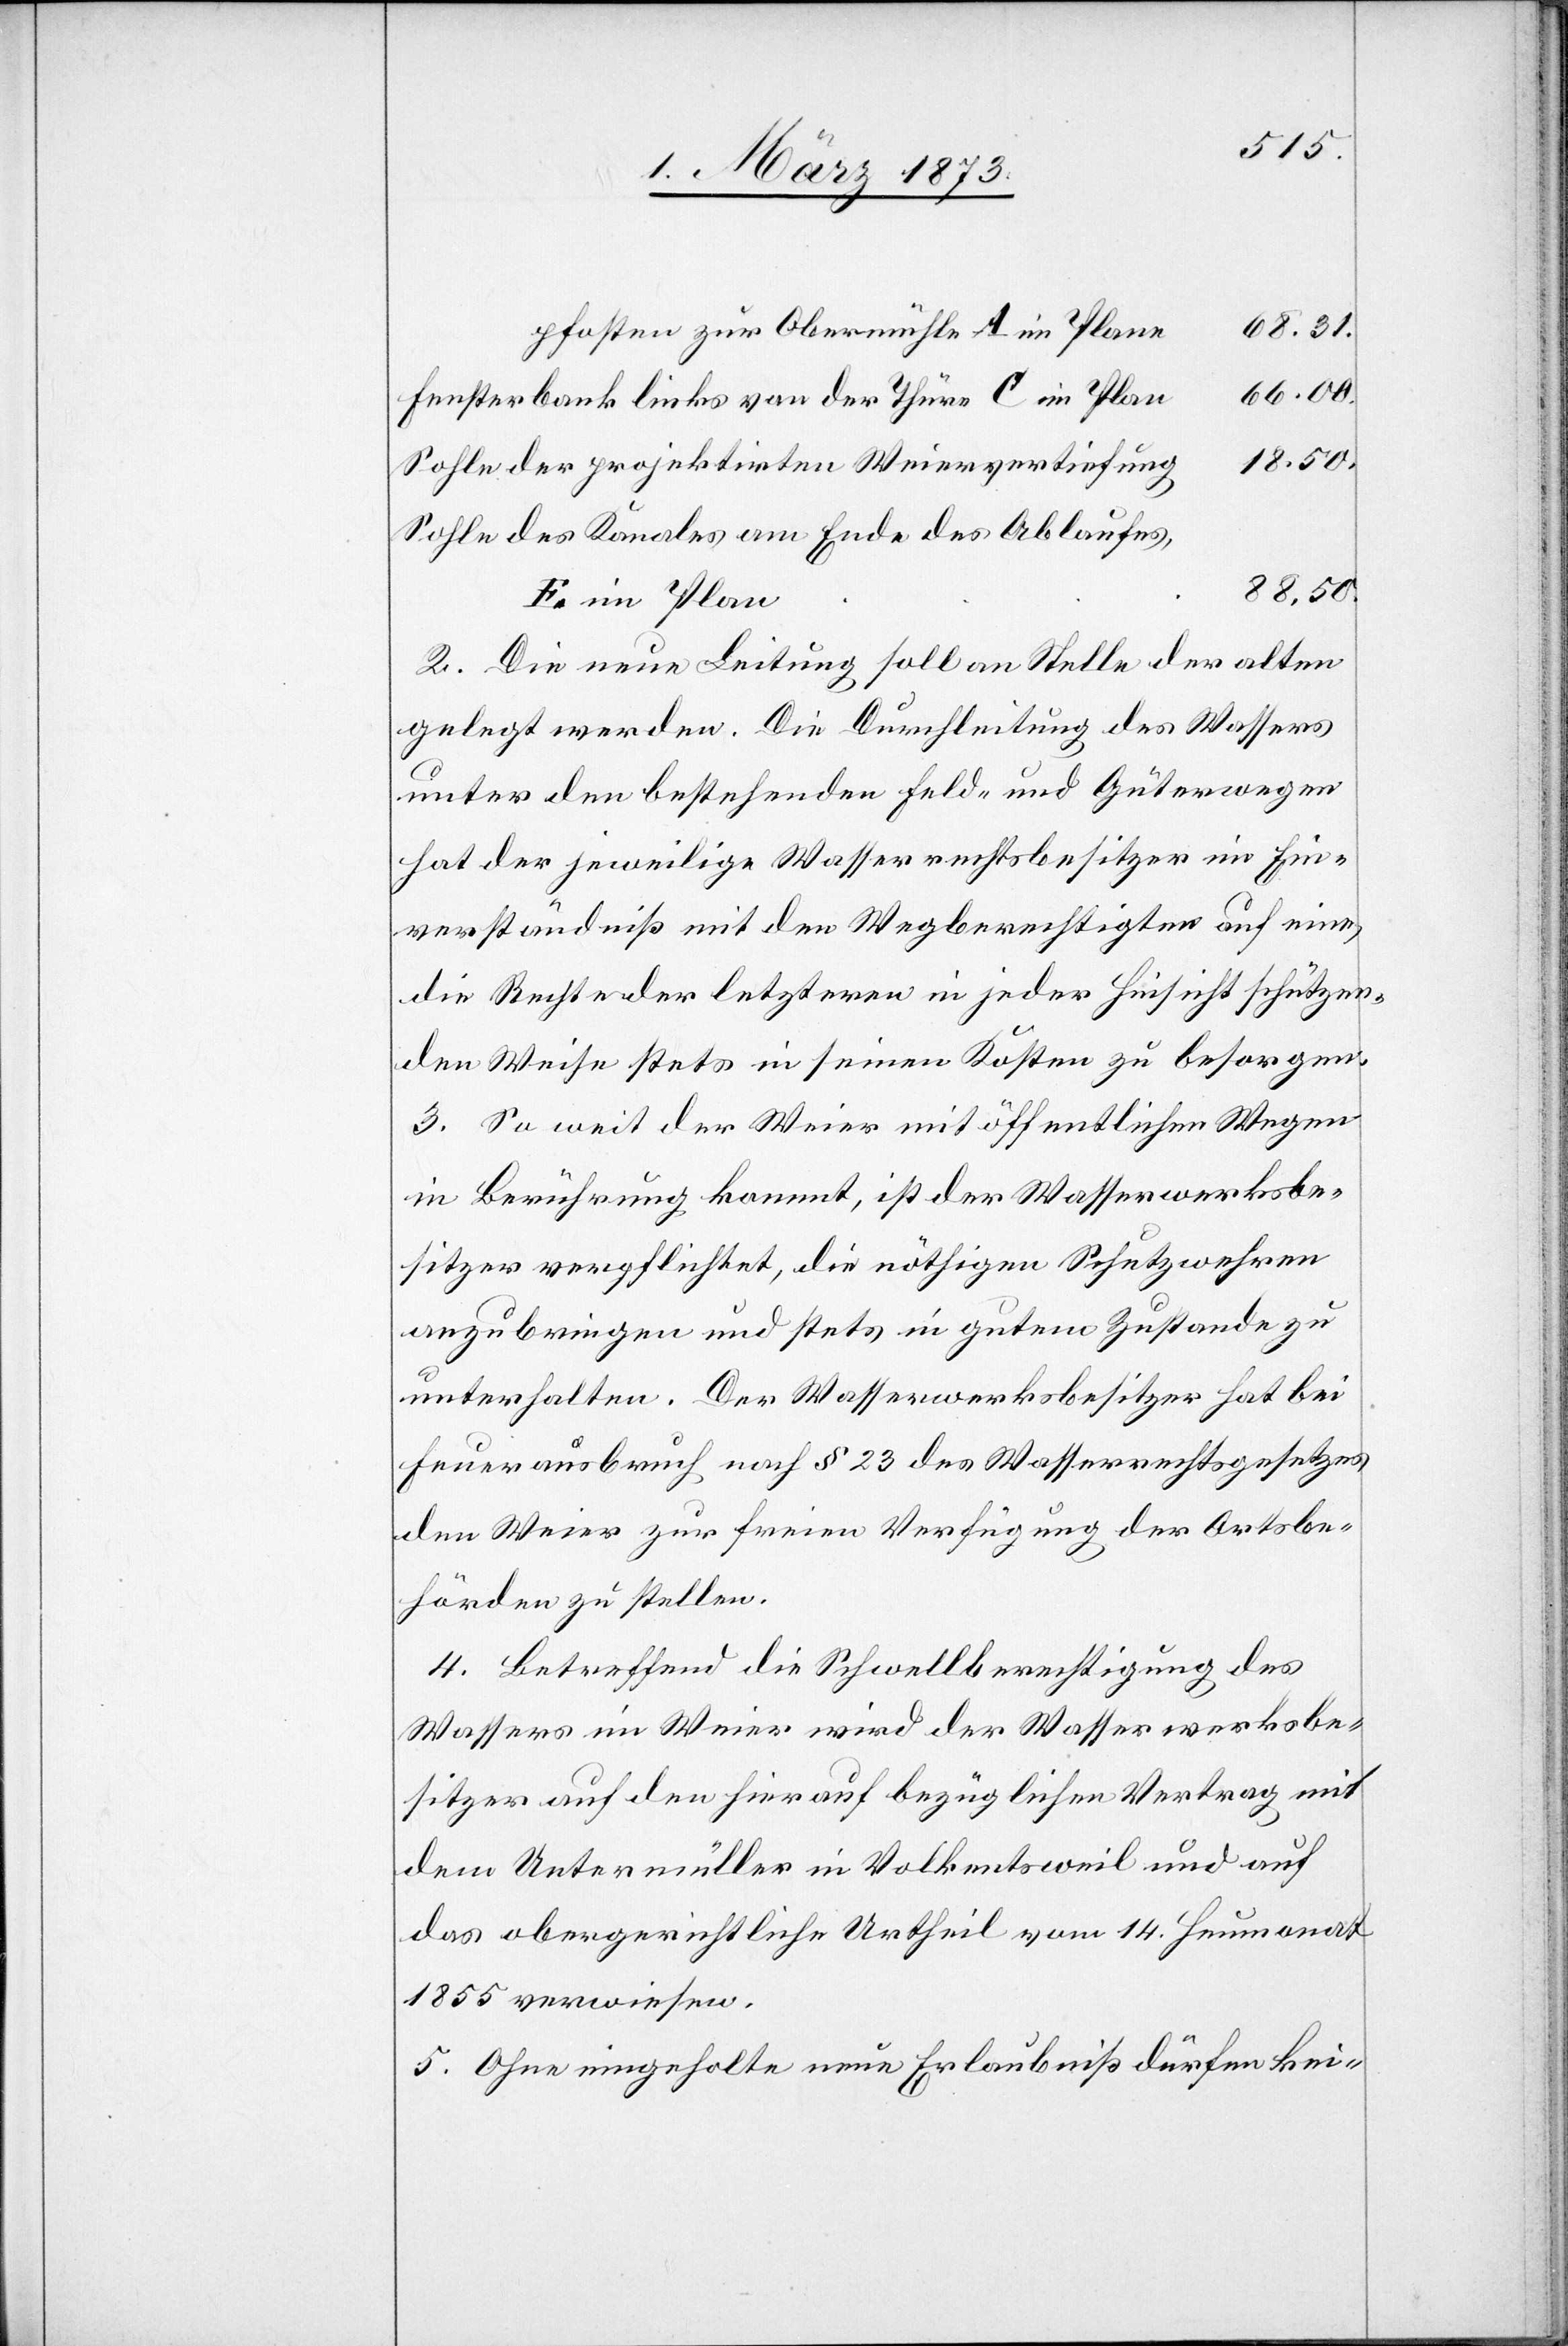
e	68.31.
n	66.00.
Fensterbank links von der Thur C im Pla¬
Sohle der projetkirten Weiervertiefun¬
g	18.50.
Sohle des Kanales am Ende des Ablaufes,
A im Plan¬
2. Die neue Leitung soll an Stelle der alten
gelegt werden. Die Durchleitung des Wassers
unter den bestehenden Feld- und Güterwegen
hat der jeweilige Wasserrechtsbesitzer im Ein¬
verständniß mit den Wegberechtigten auf eine
die Rechte der letzteren in jeder Hinsicht schützen¬
den Weise stets in seinen Kosten zu besorgen.
3. So wie der Weier mit öffentlichen Wegen
in Berührung kommt, ist der Wasserwerksbe¬
sitzer verpflichtet, die nöthigen Schutzwehren
anzubringen und stets in gutem Zustande zu
unterhalten. Der Wasserwerksbesitzer hat bei
Feuerausbruch nach § 23 des Wasserrechtsgesetzes
den Weier zur freien Verfügung der Ortsbe¬
hörden zu stellen.
4. Betreffend die Schwellberechtigung des
Wassers im Weier wird der Wasserwerksbe¬
sitzer auf den hierauf bezüglichen Vertrag mit
dem Untermüller in Volkentsweil und auf
das obergerichtliche Urtheil vom 14. Heumonat
1855 verwiesen.
5. Ohne eingeholte neue Erlaubniß dürfen kei-